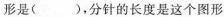
形是()，分针的长度是这个图形